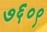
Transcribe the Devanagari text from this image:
७६०९